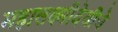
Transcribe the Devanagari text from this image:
महालक्ष्मीदेवीचे